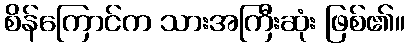
စိန်ကြောင်က သားအကြီးဆုံး ဖြစ်၏။